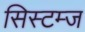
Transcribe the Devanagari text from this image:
सिस्टम्ज